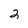
Character: 2